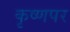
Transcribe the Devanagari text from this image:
कृष्णपर